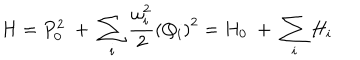
H = P _ { 0 } ^ { 2 } \; + \; \sum _ { i } \frac { \omega _ { i } ^ { 2 } } { 2 } \left( Q _ { i } \right) ^ { 2 } = H _ { 0 } \; + \; \sum _ { i } H _ { i }